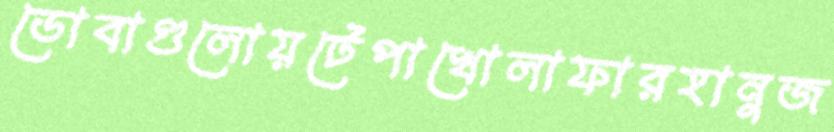
ডোবাগুলোয়টেপাখোলাফারহানুজ